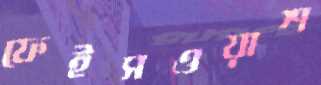
ফেইসওয়াশ